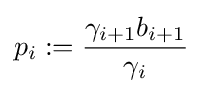
p_{i}:={\frac {\gamma _{i+1}b_{i+1}}{\gamma _{i}}}